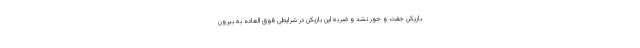
بازیکن جفت و جور نشد و ضربه این بازیکن در شرایطی فوق العاده به بیرون